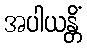
အပါယန္တိံ